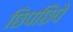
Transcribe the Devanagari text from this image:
छिपछिपे